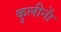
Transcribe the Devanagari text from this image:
कुलीनाें